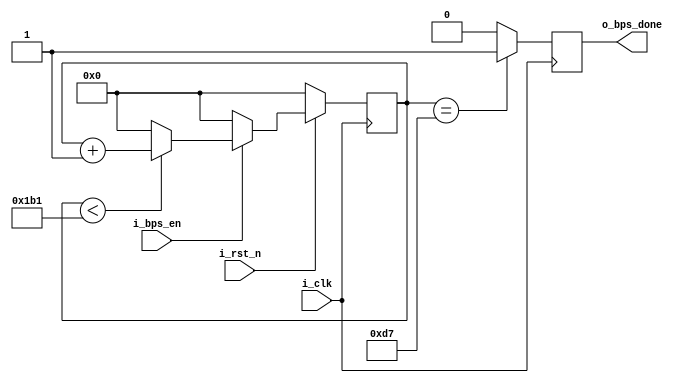
`timescale 1ns/1ps

module m_bps	#(
	parameter	UART_BPS_RATE	= 		115200,	//<=115200bps
	parameter	CLK_PERIORD		= 		20		//ns
)
(
	input			i_clk,
	input			i_rst_n,
	input			i_bps_en,
	output reg 		o_bps_done
    );

localparam BPS_CNT_MAX		= 		1000_000_000/UART_BPS_RATE/CLK_PERIORD-1;
localparam BPS_CNT_HALF 	= 		BPS_CNT_MAX/2-1;
	
reg		[15:0] 		r_bps_cnt;	
	
////////////////////////////////////////////
//

always @(posedge i_clk)
	if(!i_rst_n) r_bps_cnt <= 'b0;
	else if(i_bps_en) begin
		if(r_bps_cnt < BPS_CNT_MAX) r_bps_cnt <= r_bps_cnt+1;
		else r_bps_cnt <= 'b0;
	end
	else r_bps_cnt <= 'b0;

////////////////////////////////////////////
//o_bps_done

always @(posedge i_clk)
	if(r_bps_cnt == BPS_CNT_HALF) o_bps_done <= 1'b1;
	else o_bps_done <= 1'b0;
	

endmodule